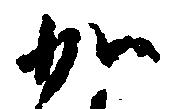
加